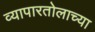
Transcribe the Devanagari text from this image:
व्यापारतोलाच्या